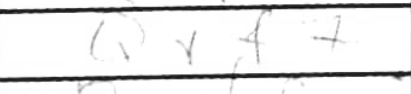
Transcription: Qxf7